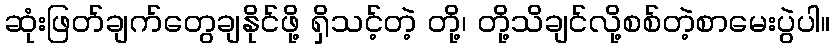
ဆုံးဖြတ်ချက်တွေချနိုင်ဖို့ ရှိသင့်တဲ့ တို့၊ တို့သိချင်လို့စစ်တဲ့စာမေးပွဲပါ။